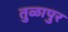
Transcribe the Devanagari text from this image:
तुळापुर